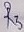
Text: R3